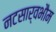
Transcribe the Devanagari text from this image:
नटसार्वभौम